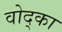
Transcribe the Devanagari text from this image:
वोद्का